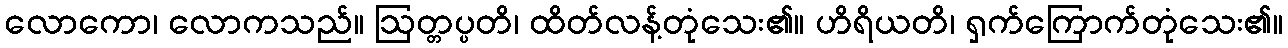
လောကော၊ လောကသည်။ ဩတ္တပ္ပတိ၊ ထိတ်လန့်တုံသေး၏။ ဟိရိယတိ၊ ရှက်ကြောက်တုံသေး၏။